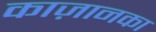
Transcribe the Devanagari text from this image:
काज़ानका